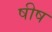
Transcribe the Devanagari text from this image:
षीष